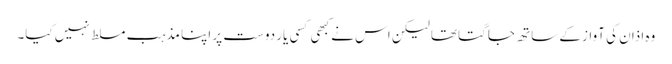
وہ اذان کی آواز کے ساتھ جاگتا تھا لیکن اس نے کبھی کسی یار دوست پر اپنا مذہب مسلط نہیں کیا۔